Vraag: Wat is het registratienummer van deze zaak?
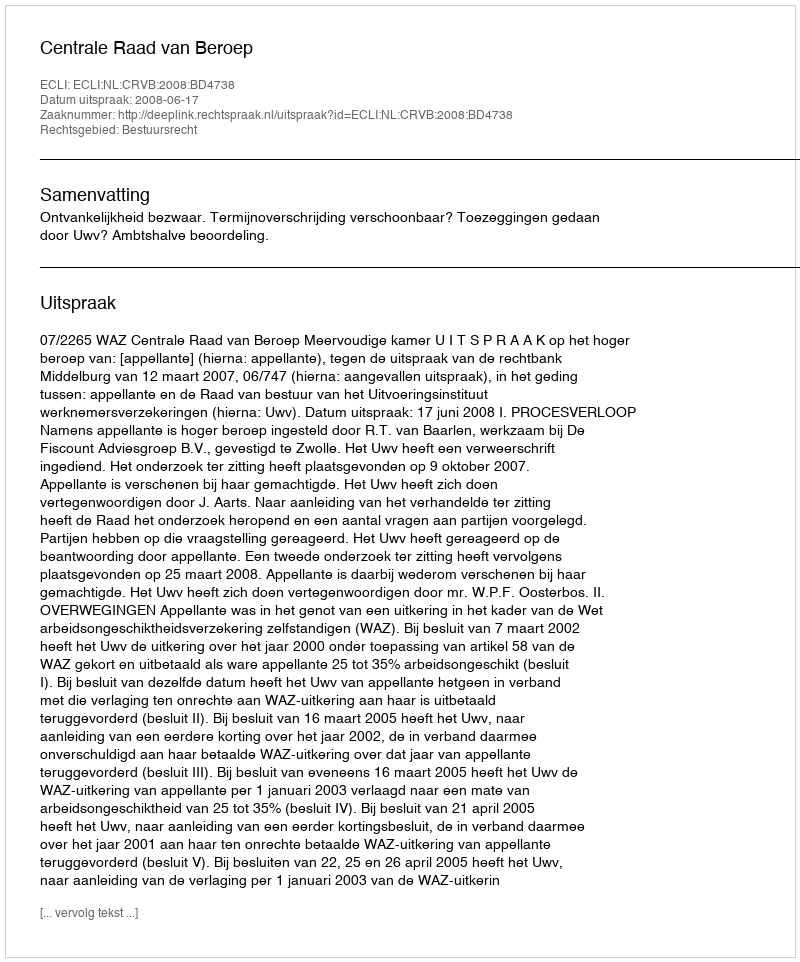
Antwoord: http://deeplink.rechtspraak.nl/uitspraak?id=ECLI:NL:CRVB:2008:BD4738